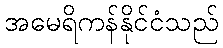
အမေရိကန်နိုင်ငံသည်